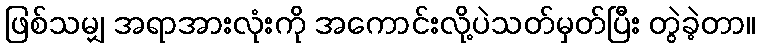
ဖြစ်သမျှ အရာအားလုံးကို အကောင်းလို့ပဲသတ်မှတ်ပြီး တွဲခဲ့တာ။